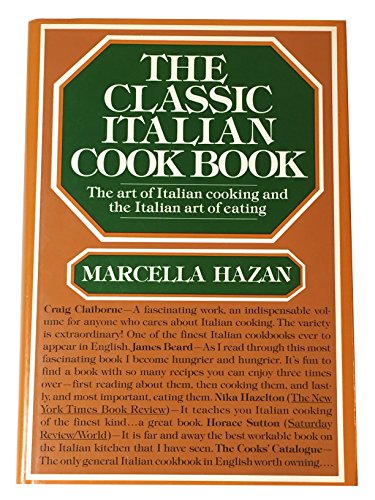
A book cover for The Classic Italian Cook Book: The Art of Italian Cooking and the Italian Art of Eating; Marcella Hazan; Cookbooks, Food & Wine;